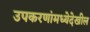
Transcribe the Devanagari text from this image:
उपकरणांमध्येदेखील